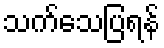
သက်သေပြရန်